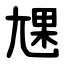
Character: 㞅